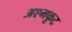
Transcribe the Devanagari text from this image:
अश्मकूट